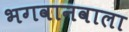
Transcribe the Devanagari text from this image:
भगवानवाला